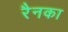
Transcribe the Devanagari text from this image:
रैनका